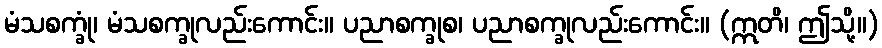
မံသစက္ခုံ၊ မံသစက္ခုလည်းကောင်း။ ပညာစက္ခုစ၊ ပညာစက္ခုလည်းကောင်း။ (ဣတိ၊ ဤသို့။)